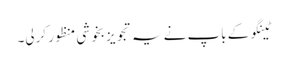
ٹینگو کے باپ نے یہ تجویز بخوشی منظور کرلی۔